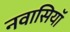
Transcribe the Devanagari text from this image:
नवासियाॅ